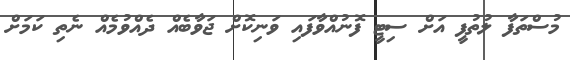
މުސްތަފާ ލުތުފީ އަށް ސިޓީ ފޮނުއްވާފައި ވަނިކޮށް ޖަވާބެއް ދެއްވުމެއް ނެތި ކަމަށް